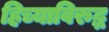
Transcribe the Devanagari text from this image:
हिच्याविरुद्ध